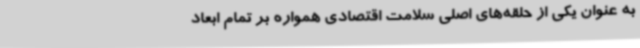
به عنوان یکی از حلقه‌های اصلی سلامت اقتصادی همواره بر تمام ابعاد